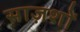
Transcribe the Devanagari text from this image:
साज़शों